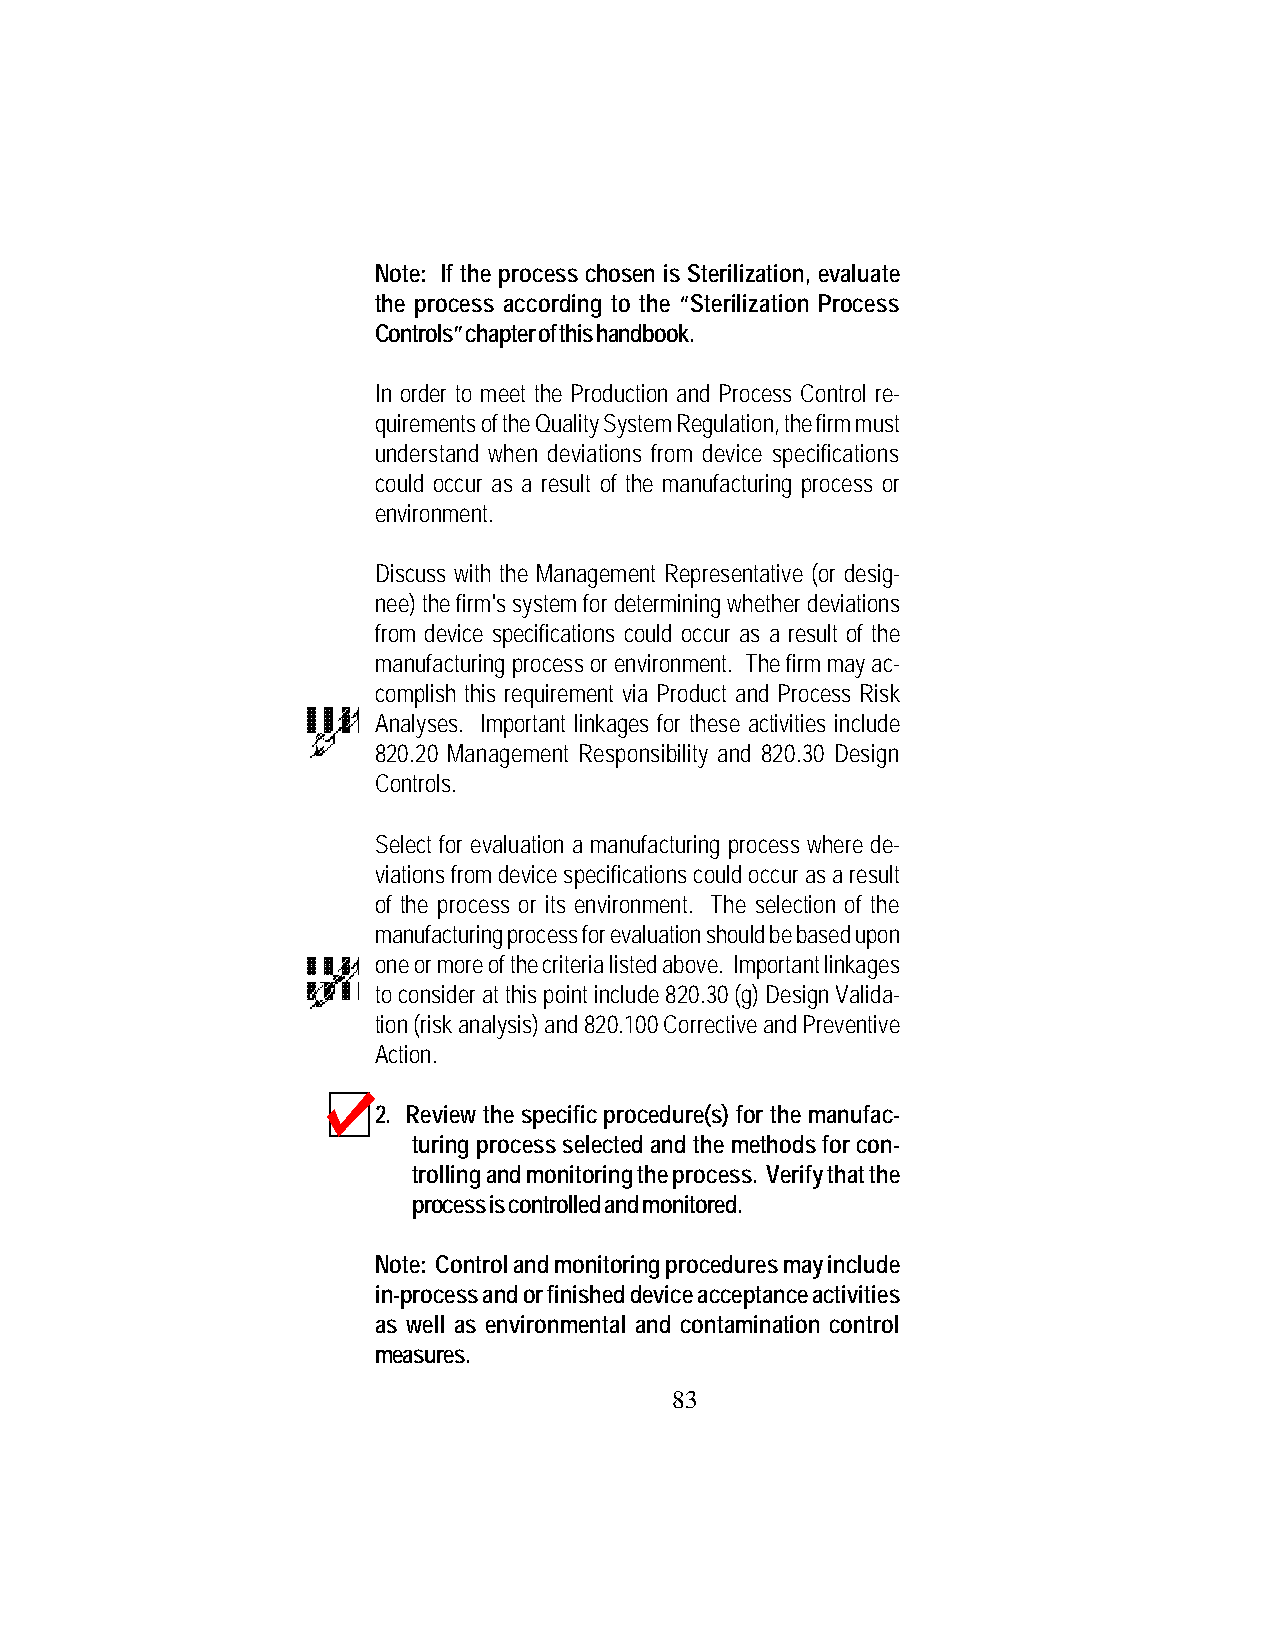
Note: If the process chosen is Sterilization, evaluate
 the process according to the “Sterilization Process
 Controls” chapter of this handbook.
 In order to meet the Production and Process Control re-
 quirements of the Quality System Regulation, the firm must
 understand when deviations from device specifications
 could occur as a result of the manufacturing process or
 environment.
 Discuss with the Management Representative (or desig-
 nee) the firm's system for determining whether deviations
 from device specifications could occur as a result of the
 manufacturing process or environment. The firm may ac-
 complish this requirement via Product and Process Risk
 Analyses. Important linkages for these activities include
 820.20 Management Responsibility and 820.30 Design
 Controls.
 Select for evaluation a manufacturing process where de-
 viations from device specifications could occur as a result
 of the process or its environment. The selection of the
 manufacturing process for evaluation should be based upon
 one or more of the criteria listed above. Important linkages
 to consider at this point include 820.30 (g) Design Valida-
 tion (risk analysis) and 820.100 Corrective and Preventive
 Action.
 2. Review the specific procedure(s) for the manufac-
 turing process selected and the methods for con-
 trolling and monitoring the process. Verify that the
 process is controlled and monitored.
 Note: Control and monitoring procedures may include
 in-process and or finished device acceptance activities
 as well as environmental and contamination control
 measures.
 83